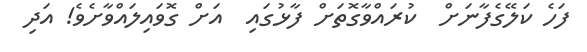
ފަހެ ކަލޭގެފާނަށް  ކުރައްވާގޮތަށް ފާޅުގައި  އަށް ގޮވައިލައްވާށެވެ! އަދި